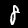
Digit: 8